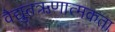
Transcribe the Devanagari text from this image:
वैद्युतऋणात्मकता